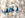
يجب